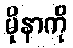
မိုနာကို